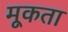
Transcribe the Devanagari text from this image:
मूकता